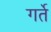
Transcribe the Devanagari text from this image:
गर्ते